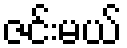
ဇင်းမယ်